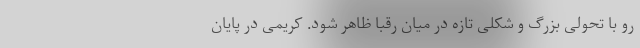
رو با تحولی بزرگ و شکلی تازه در میان رقبا ظاهر شود. کریمی در پایان